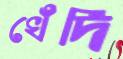
খেঁদি